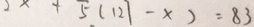
2 x + 5 ( 1 2 1 - x ) = 8 3